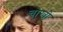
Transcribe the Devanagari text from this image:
चोखो